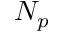
N _ { p }